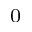
^ 0